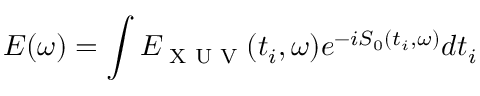
E ( \omega ) = \int E _ { \textrm { X U V } } ( t _ { i } , \omega ) e ^ { - i S _ { 0 } ( t _ { i } , \omega ) } d t _ { i }